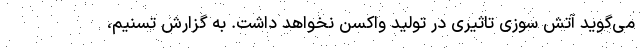
می‌گوید آتش سوزی تاثیری در تولید واکسن نخواهد داشت. به گزارش تسنیم،